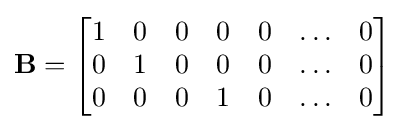
\mathbf {B} ={\begin{bmatrix}1&0&0&0&0&\ldots &0\\0&1&0&0&0&\ldots &0\\0&0&0&1&0&\ldots &0\end{bmatrix}}